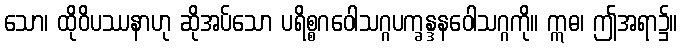
သော၊ ထိုဝိပဿနာဟု ဆိုအပ်သော ပရိစ္စဂဝေါသဂ္ဂပက္ခန္ဒနဝေါသဂ္ဂကို။ ဣဓ၊ ဤအရာ၌။